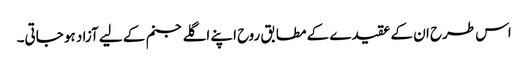
اس طرح ان کے عقیدے کے مطابق روح اپنے اگلے جنم کے لیے آزاد ہو جاتی۔